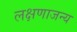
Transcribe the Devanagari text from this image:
लक्षणाजन्य